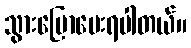
သွားပြောပေးရပါတယ်။